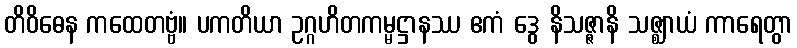
တိဝိဓေန ကထေတဗ္ဗံ။ ပကတိယာ ဥဂ္ဂဟိတကမ္မဋ္ဌာနဿ ဧကံ ဒွေ နိသဇ္ဇာနိ သဇ္ဈာယံ ကာရေတွာ